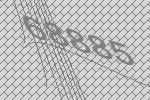
68885